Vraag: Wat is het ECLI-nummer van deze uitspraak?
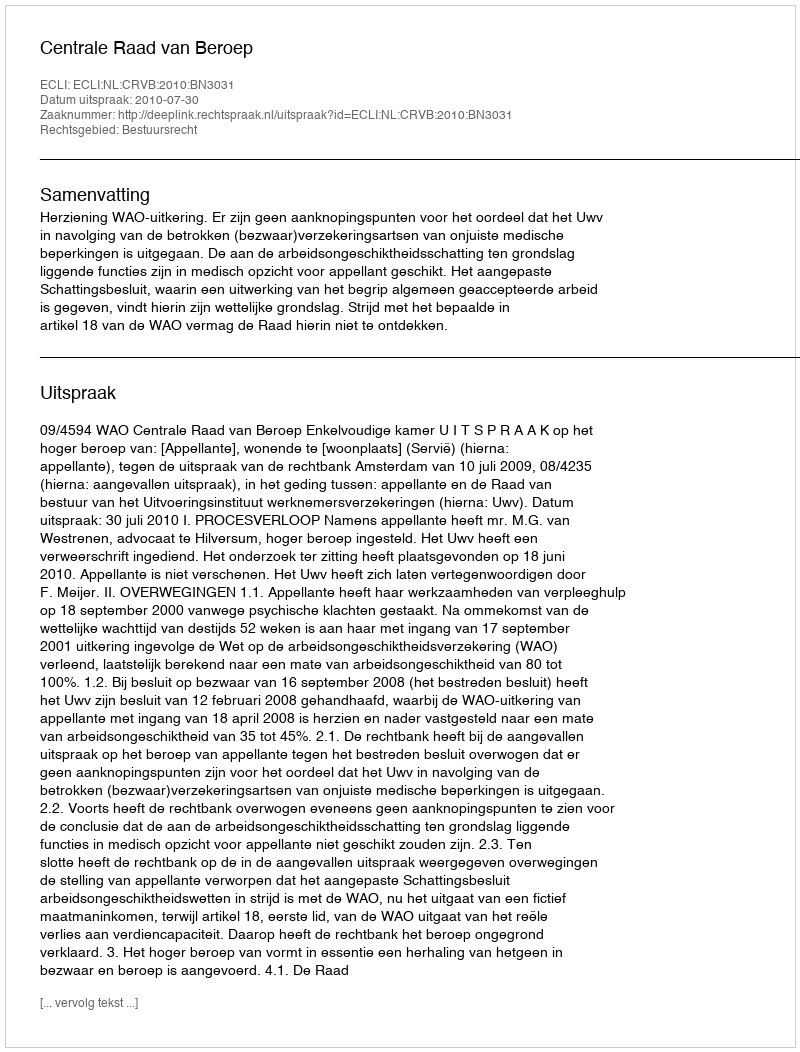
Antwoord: ECLI:NL:CRVB:2010:BN3031